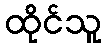
ထိုင်သူ